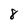
Character: 8